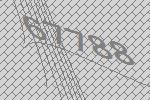
67788